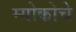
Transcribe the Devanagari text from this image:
म्योकोचे